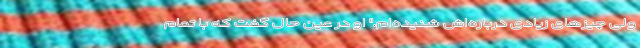
ولی چیزهای زیادی درباره‌اش شنیده‌ام." او در عین حال گفت که با تمام